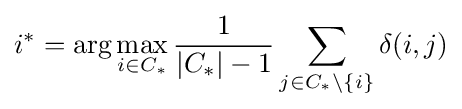
i^{*}=\arg \max _{i\in C_{*}}{\frac {1}{|C_{*}|-1}}\sum _{j\in C_{*}\setminus \{i\}}\delta (i,j)